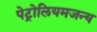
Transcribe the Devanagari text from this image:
पेट्रोलियमजन्य